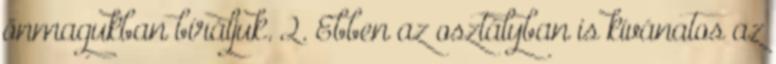
önmagukban bíráljuk. 2. Ebben az osztályban is kívánatos az